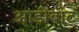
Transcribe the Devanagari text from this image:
आडीबाट